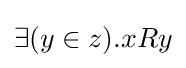
\exists (y\in z).xRy